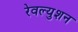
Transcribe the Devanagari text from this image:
रेवल्युशन